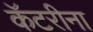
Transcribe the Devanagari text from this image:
कॅटरीना